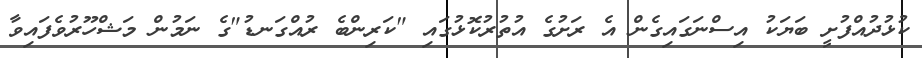
ކުޅުދުއްފުށީ ބަޔަކު އިސްނަގައިގެން އެ ރަށުގެ އުތުރުކޮޅުގައި "ކަރިންބެ ރުއްގަނޑު"ގެ ނަމުން މަޝްހޫރުވެފައިވާ